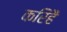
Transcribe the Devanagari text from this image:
करिहैं